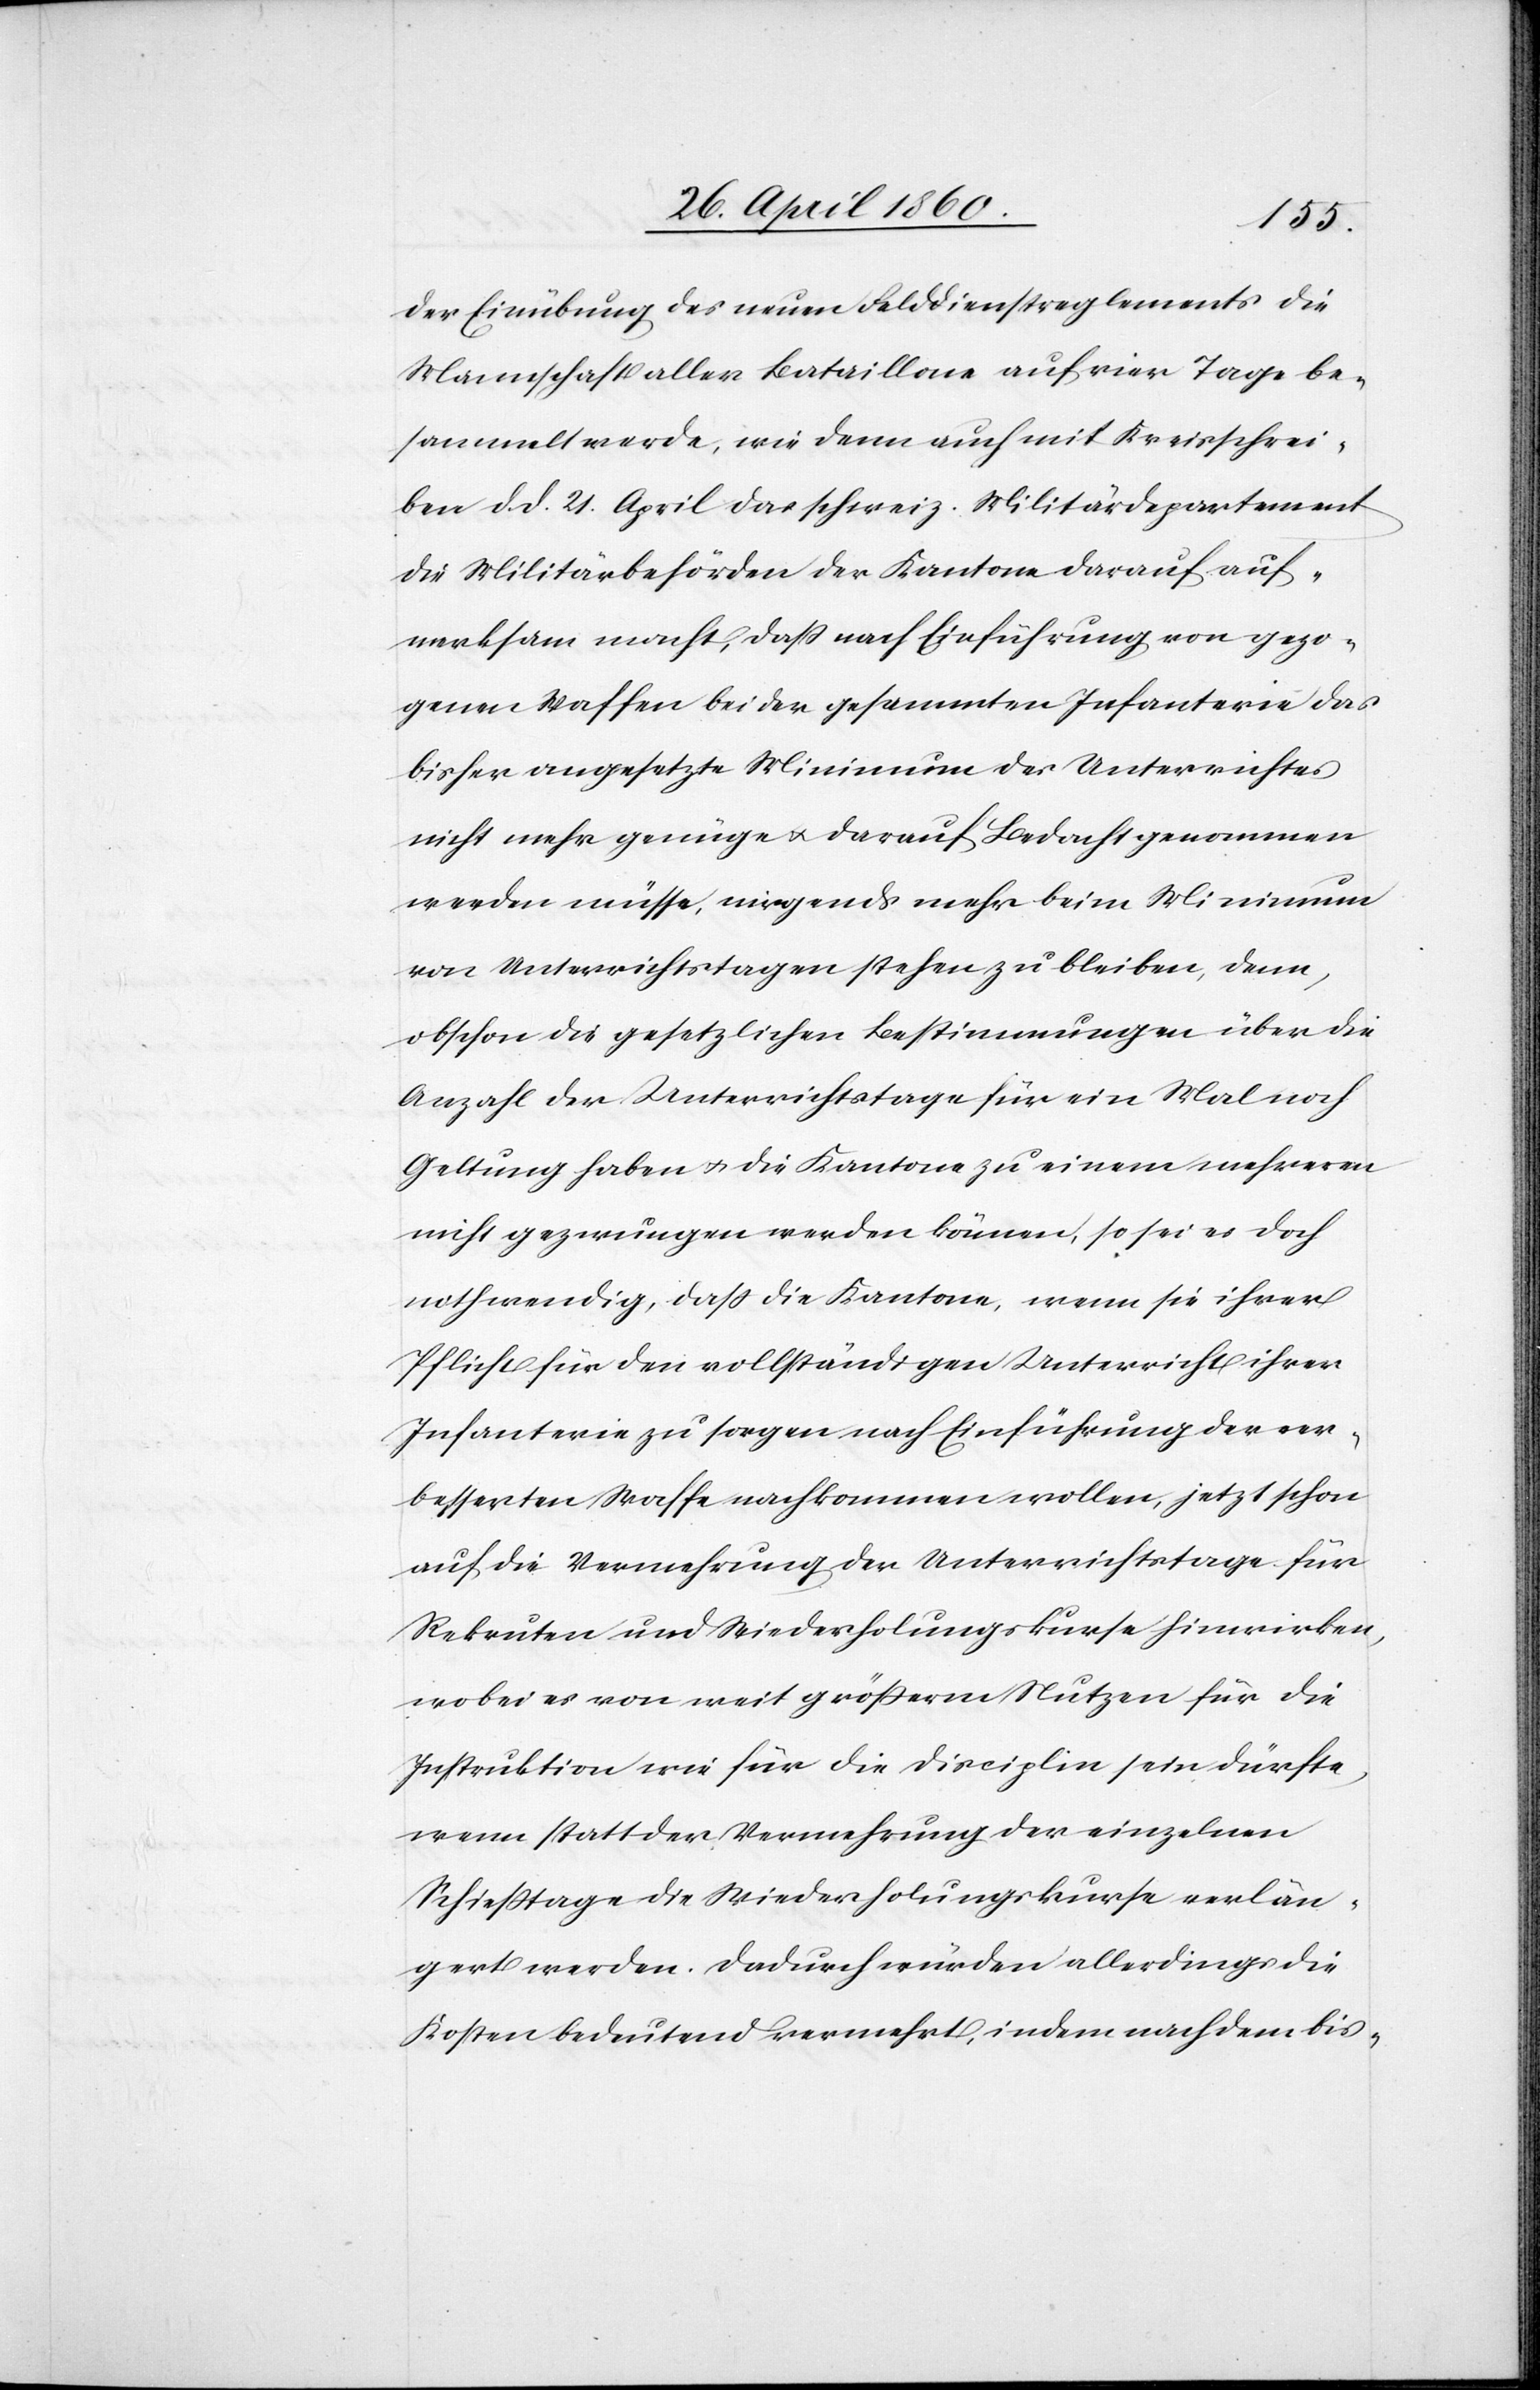
der Einübung des neuen Felddienstreglements die
Mannschaft aller Bataillone auf vier Tage be¬
sammelt werde, wie dann auch mit Kreisschrei¬
ben d. d. 21. April das schweiz. Militärdepartement
die Militärbehörden der Kantone darauf auf¬
merksam macht, dass nach Einführung von gezo¬
genen Waffen bei der gesammten Infanterie das
bisher angesetzte Minimum des Unterrichtes
nicht mehr genüge u. darauf Bedacht genommen
werden müsse, nirgends mehr beim Minimum
von Unterrichtstagen stehen zu bleiben, denn,
obschon die gesetzlichen Bestimmungen über die
Anzahl der Unterrichtstage für ein Mal noch
Geltung haben u. die Kantone zu einem mehreren
nicht gezwungen werden können, so sei es doch
nothwendig, dass die Kantone, wenn sie ihrer
Pflicht für den vollständigen Unterricht ihrer
Infanterie zu sorgen nach Einführung der ver¬
besserten Waffe nachkommen wollen, jetzt schon
auf die Vermehrung der Unterrichtstage für
Rekruten und Wiederholungskurse hinwirken,
wobei es von weit grösserm Nutzen für die
Instruktion wie für die Disciplin sein dürfte,
wenn statt der Vermehrung der einzelnen
Schiesstage die Wiederholungskurse verlän¬
gert werden. Dadurch würden allerdings die
Kosten bedeutend vermehrt, indem nach dem bis-